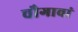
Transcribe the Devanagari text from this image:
चौगावां